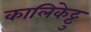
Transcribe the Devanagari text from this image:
कालिकेट्टु